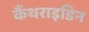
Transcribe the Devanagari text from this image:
कैंथराइडिन